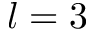
l = 3